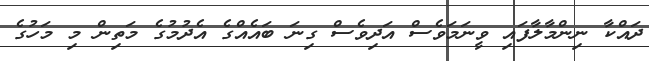
ދައްކާ ނިންމާލާފައި ވީނަމަވެސް އަދިވެސް ގިނަ ބައެއްގެ އެދުމުގެ މަތިން މި މަހުގެ